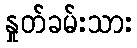
နှုတ်ခမ်းသား